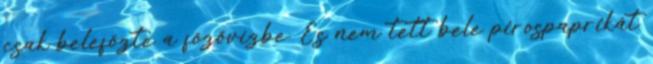
csak belefőzte a főzővízbe. És nem tett bele pirospaprikát